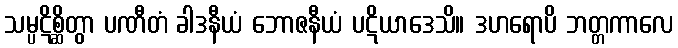
သမ္ပဋိစ္ဆိတွာ ပဏီတံ ခါဒနီယံ ဘောဇနီယံ ပဋိယာဒေသိ။ ဒဟရောပိ ဘတ္တကာလေ